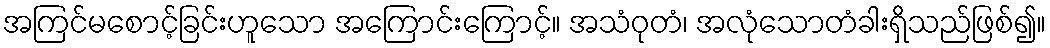
အကြင်မစောင့်ခြင်းဟူသော အကြောင်းကြောင့်။ အသံဝုတံ၊ အလုံသောတံခါးရှိသည်ဖြစ်၍။